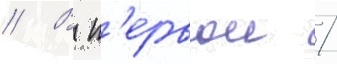
// В п'ервои /